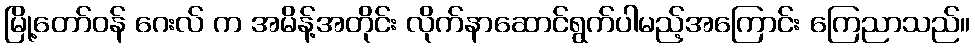
မြို့တော်ဝန် ဂေးလ် က အမိန့်အတိုင်း လိုက်နာဆောင်ရွက်ပါမည့်အကြောင်း ကြေညာသည်။